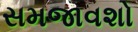
સમજાવશો